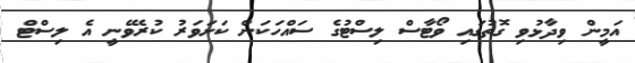
އަމީން ވިދާޅުވި ގޮތުގައި ވޯޓާސް ލިސްޓުގެ ސައްހަކަން ކަށަވަރު ކުރެވޭނީ އެ ލިސްޓް